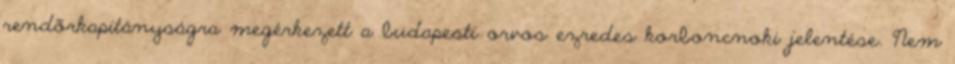
rendõrkapitányságra megérkezett a budapesti orvos ezredes korboncnoki jelentése. Nem